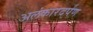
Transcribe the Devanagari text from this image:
अलंकारदर्पण